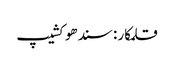
قلمکار : سندھو کشیپ